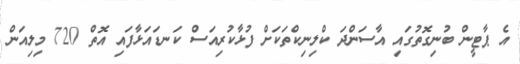
އެ ޕާޓީން ބުނިގޮތުގައި އާސަންދަ ކްލިނިކްތަކަށް ފުޅާކުރިއަސް ކަނޑައަޅާފައި އޮތް 720 މިލިއަން